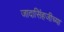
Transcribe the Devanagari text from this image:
जादासिंहजीच्या